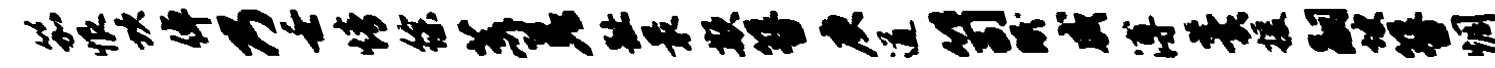
笳恨坎倬乃壬情徐荒差趾最欺簪庚遒笥眠威溥羹援嗣坡簪惆